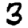
Digit: 3